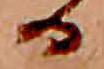
る